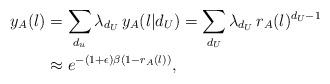
LaTeX: \begin{align*}y_A ( l ) & = \sum_{d_u} \lambda_{d_U} \, y_A ( l | d_U ) = \sum_{d_U} \lambda_{d_U} \, r_A ( l )^{d_U - 1} \\& \approx e^{- ( 1 + \epsilon ) \beta ( 1 - r_A ( l ))}, \end{align*}